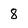
Character: 8